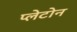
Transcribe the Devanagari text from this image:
प्लेटोन